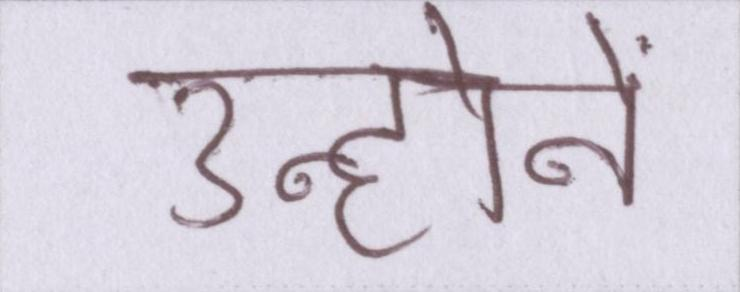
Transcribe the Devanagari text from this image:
उन्होनें